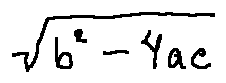
\sqrt { b ^ { 2 } - 4 a c }